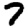
Digit: 7